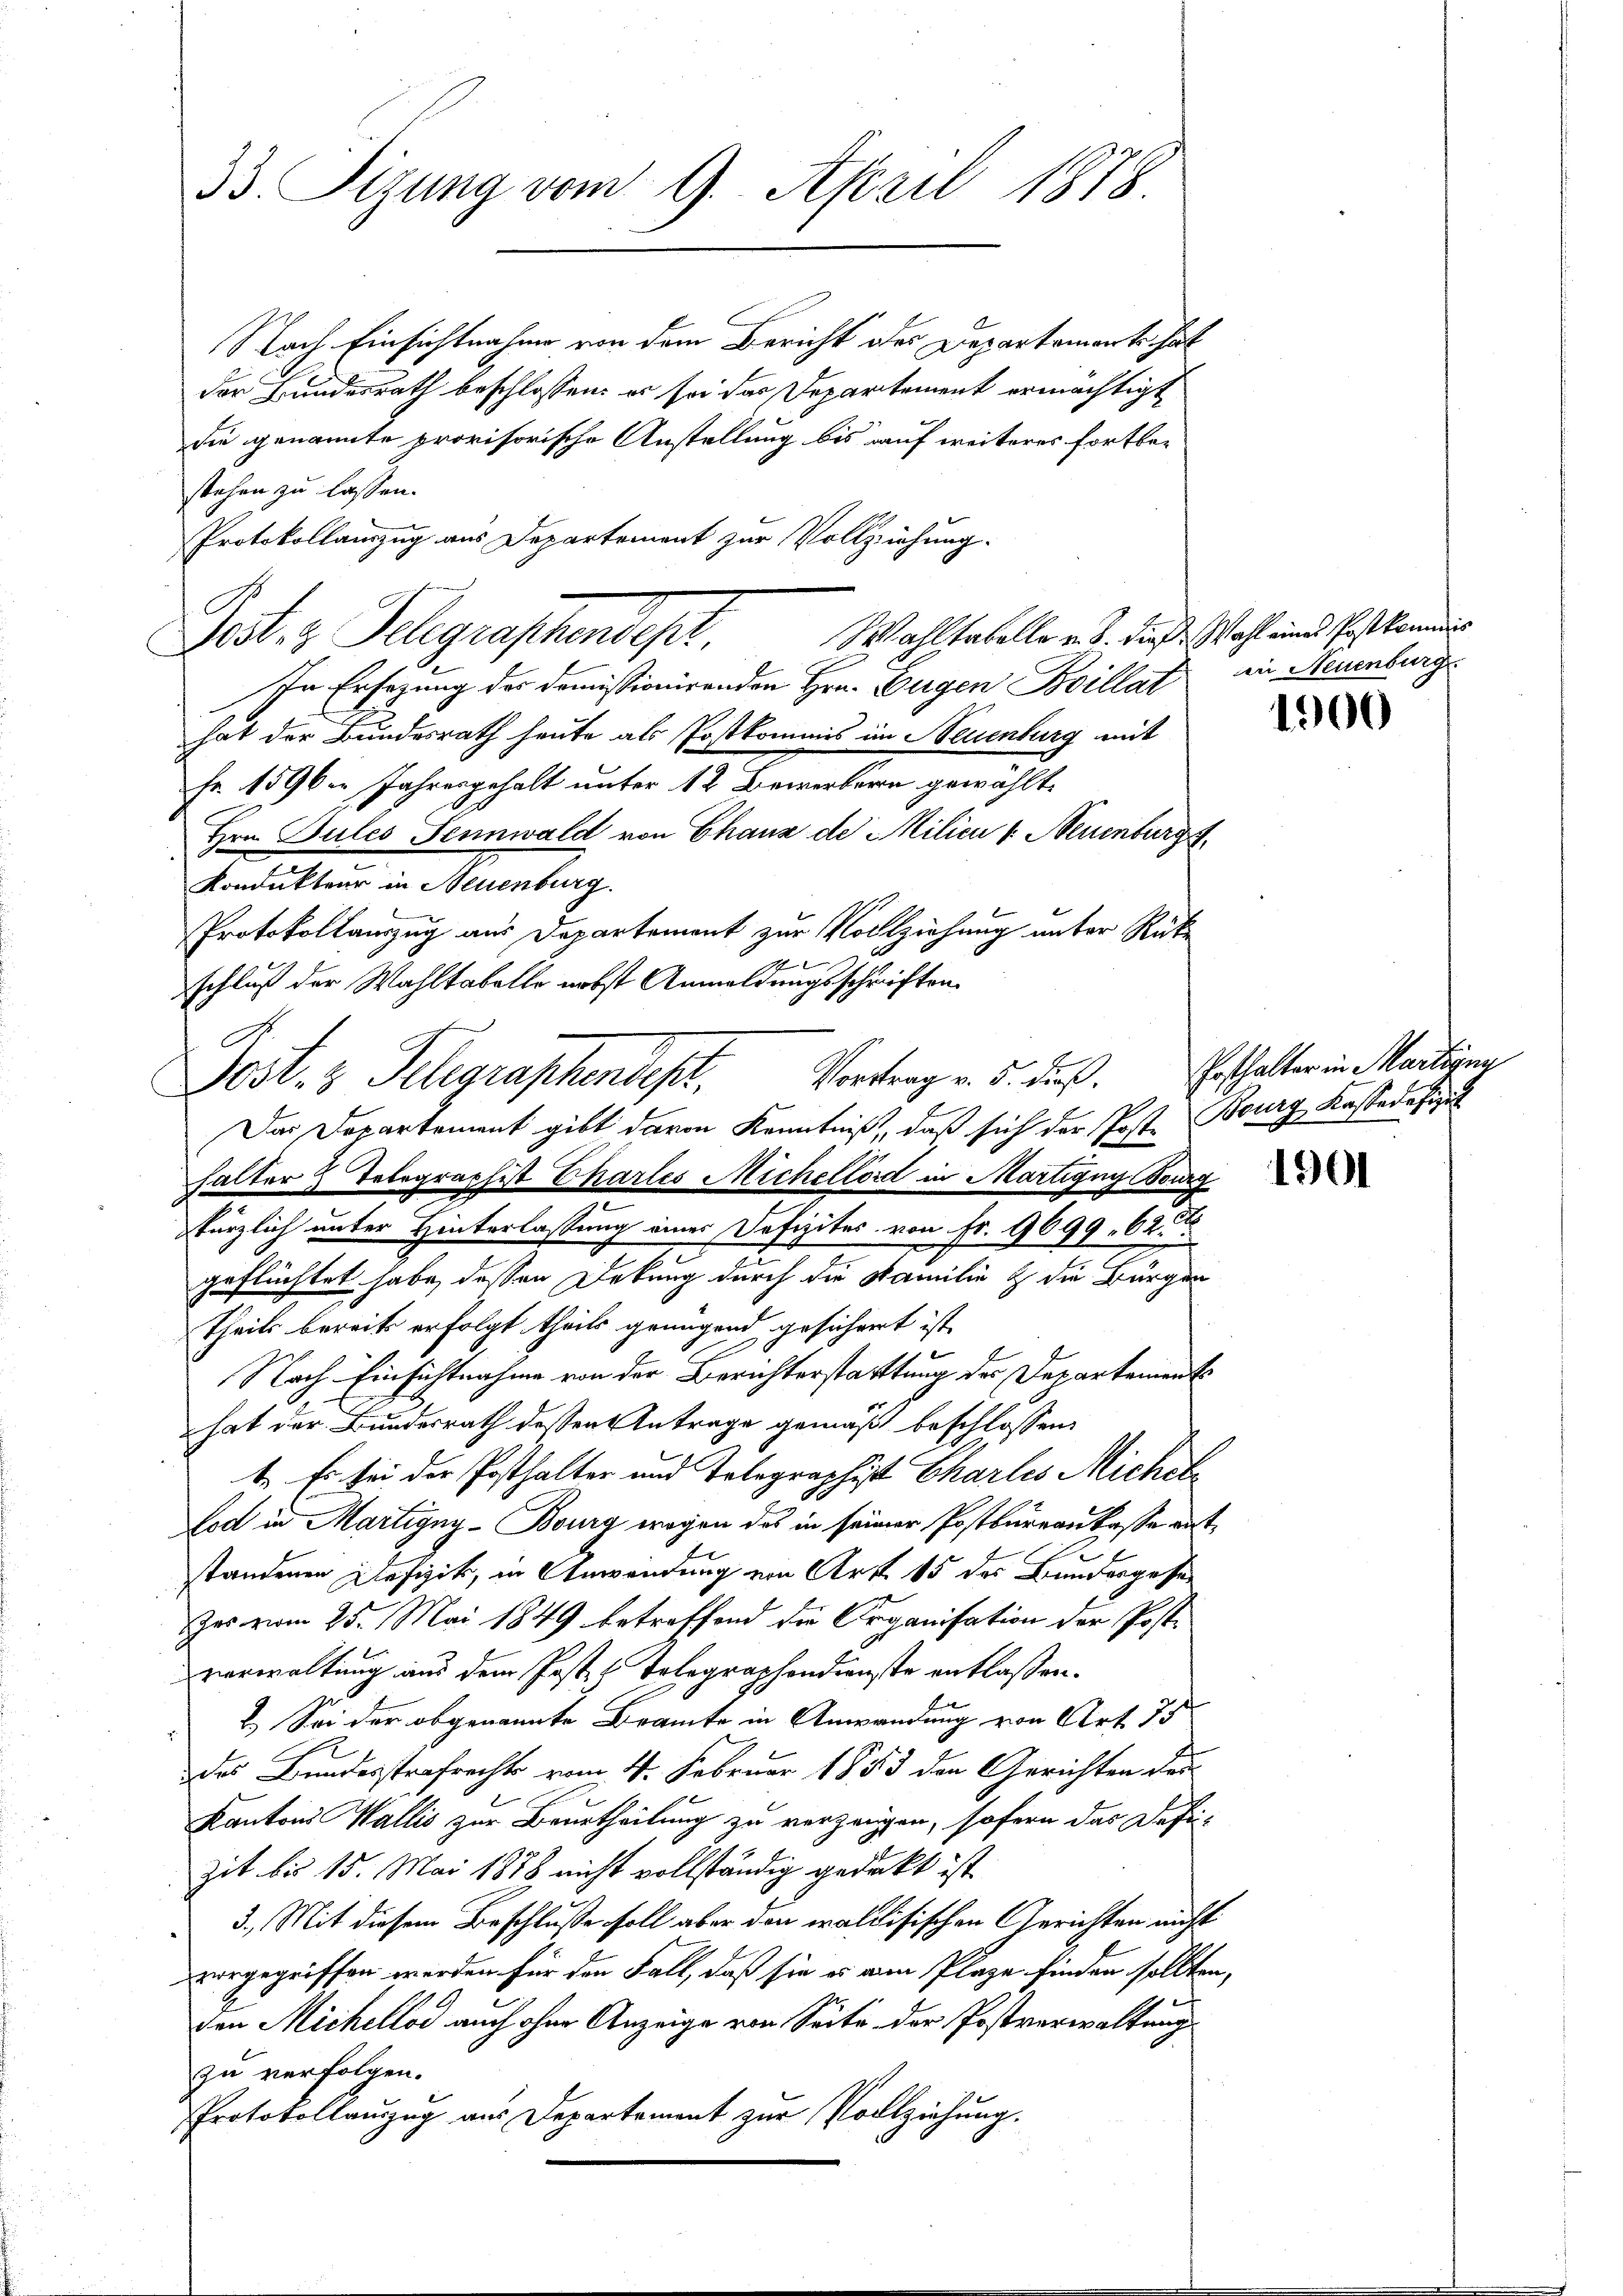
Nach Einsichtnahme von dem Bericht des Departemente hat
der Bundesrath beschlossen: er sei das Departement ermächtigt
die genannte provisorische Anstellung bis auf weiteres fortbe-
stehen zu lassen.
Protokollamzug aus Departement zur Vollziehung.
Wahltabelle v. J. diese Wahl eines Postkommis
In Ersezung des demissionirenden Hrn. Eugen Boillat in Neuenburg
hat der Bundesrath heute als Postkommis im Neuenburg mit
Fr. 1596 in Jahresgehalt unter 12 Bewerbern gewählte
Hrn. Pules Sennwald von Chaux de Milici v. Neuenburg
Kondukteur in Neuenburg.
Protokollauszug aus Departement zur Vollziehung unter Rük¬
1
schluß der Wahltabelle nebst Anmeldungsschriften
Post- & Schgraschendes.
Das Departement gibt davon Kenntniß, daß sich der Post- Bourg, Kassadesigel
halter Telegraphist Charles Michellord in Martigny Bourg
kürzlich unter Hinterlassung eines Defizites von Fr. 9699. 62.
geflüchtet habe, dessen Debung durch die Familie & die Bürger
theils bereits erfolgt theils genügend gesichert ist,
Nach Einsichtnahme von der Berichterstattung des Departement
hat der Bundesrath dessen Antrage gemäß beschlossen:
t. Es sei der Posthalter und Tolographist Charles Michel
lod in Martigny-Bourg wegen das in seiner Postbureau kasse auf
standenen Defizik, in Anwendung von Art 15 des Bundesgese
Das vom 25. Mai 1849 betreffend die Organisation der Postverwaltung aus dem Post & Tolographondienste entlaßen.
2. Sei der obgenannte Beamte in Anwendung von Art. 75
des Bundesstrafrechts vom 4. Februar 1853 den Gerichten der
Kantons Wallis zur Beurtheilung zu verzeugen, sofern das Defi-
zit bis 15. Mai 1878 nicht vollständig gedeckt ist
3. Mit diesem Beschluße soll aber den waldisischen Gerichten nicht
vorgegriffen werden für den Fall, daß sie es von Plage finden sollten,
Den Michellod auch ohne Anzeige von Seite der Postverwaltung
zu verfolgen.
Protokollauszug aus Departement zur Vollziehung.

33. Sizung vom 9. April 1878.

Tat. v. Gelegraphendept.

1900

Vortrag v. 5. dieß. Ersthalter in Martigne

1901